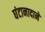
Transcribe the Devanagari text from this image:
घंटानादाने